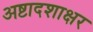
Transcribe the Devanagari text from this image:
अष्टादशाक्षर